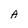
Character: A